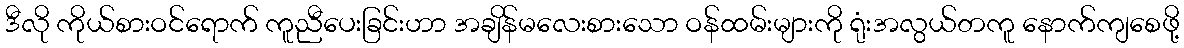
ဒီလို ကိုယ်စားဝင်ရောက် ကူညီပေးခြင်းဟာ အချိန်မလေးစားသော ဝန်ထမ်းများကို ရုံးအလွယ်တကူ နောက်ကျစေဖို့